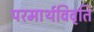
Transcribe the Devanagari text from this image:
परमार्थविवृति